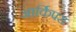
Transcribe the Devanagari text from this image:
आर्किपस